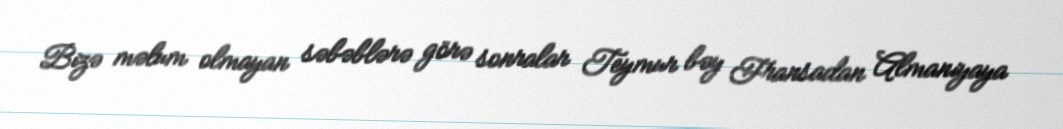
Bizə məlum olmayan səbəblərə görə sonralar Teymur bəy Fransadan Almaniyaya